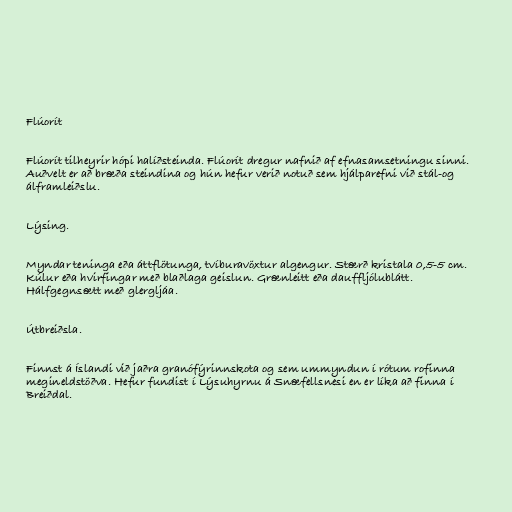
Flúorít

Flúorít tilheyrir hópi halíðsteinda. Flúorít dregur nafnið af efnasamsetningu sinni.
Auðvelt er að bræða steindina og hún hefur verið notuð sem hjálparefni við stál-og
álframleiðslu.

Lýsing.

Myndar teninga eða áttflötunga, tvíburavöxtur algengur. Stærð kristala 0,5-5 cm.
Kúlur eða hvirfingar með blaðlaga geislun. Grænleitt eða dauffljólublátt.
Hálfgegnsætt með glergljáa.

Útbreiðsla.

Finnst á Íslandi við jaðra granófýrinnskota og sem ummyndun í rótum rofinna
megineldstöðva. Hefur fundist í Lýsuhyrnu á Snæfellsnesi en er líka að finna í
Breiðdal.